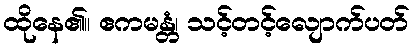
ထိုနေ၏။ ဧကမန္တံ၊ သင့်တင့်လျောက်ပတ်